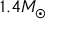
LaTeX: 1 . 4 M _ { \odot }